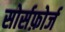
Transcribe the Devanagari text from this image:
सोर्सफ़ोर्ज